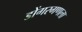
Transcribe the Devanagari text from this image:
डोंगरगणला